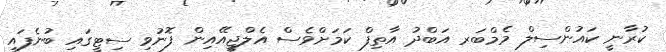
ކުރާނީ ކައުންސިލް މެމްބަރ އަބްދު އާތިފް ކަމަށްވެސް އެލްޖީއޭއިން ފޮނުވި ސިޓީގައި ބުނެފައި